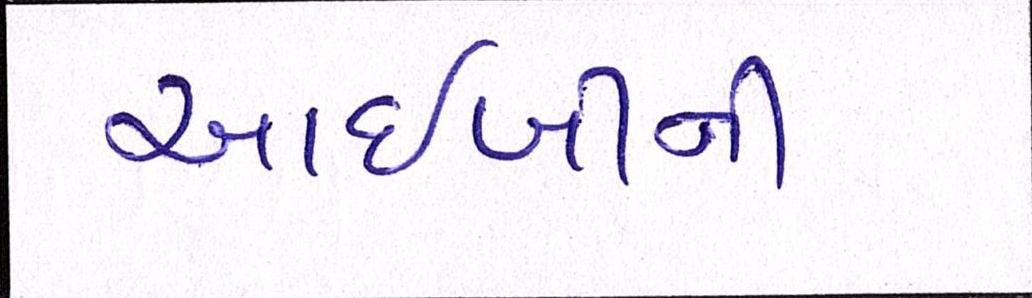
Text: આઈબીની